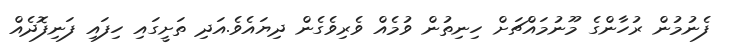
ފެނުމުން ރުހާންގެ މޫނުމައްޗަށް ހިނިތުން ވުމެއް ވެރިވެގެން ދިޔައެވެ.އަދި ތަށީގައި ހިފައި ފަނިފޮދެއް